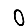
Digit: 0